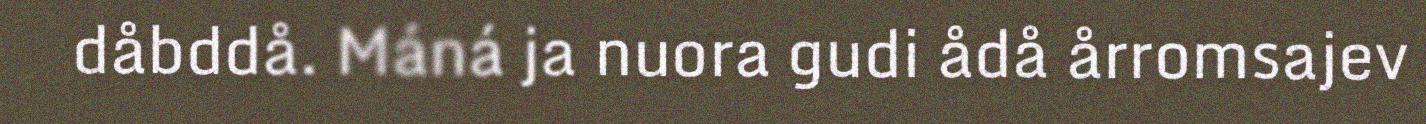
dåbddå. Máná ja nuora gudi ådå årromsajev